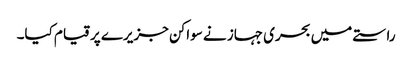
راستے میں بحری جہاز نے سواکن جزیرے پر قیام کیا۔